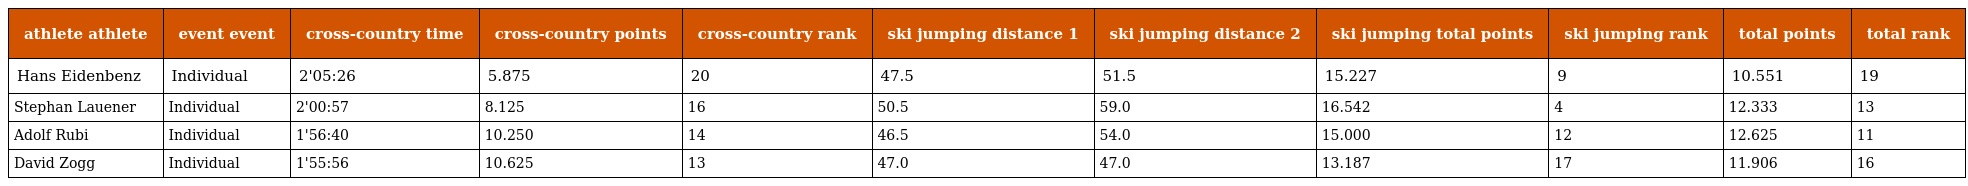
| athlete athlete | event event | cross-country time | cross-country points | cross-country rank | ski jumping distance 1 | ski jumping distance 2 | ski jumping total points | ski jumping rank | total points | total rank |
 | --- | --- | --- | --- | --- | --- | --- | --- | --- | --- | --- |
 | Hans Eidenbenz | Individual | 2'05:26 | 5.875 | 20 | 47.5 | 51.5 | 15.227 | 9 | 10.551 | 19 |
 | Stephan Lauener | Individual | 2'00:57 | 8.125 | 16 | 50.5 | 59.0 | 16.542 | 4 | 12.333 | 13 |
 | Adolf Rubi | Individual | 1'56:40 | 10.250 | 14 | 46.5 | 54.0 | 15.000 | 12 | 12.625 | 11 |
 | David Zogg | Individual | 1'55:56 | 10.625 | 13 | 47.0 | 47.0 | 13.187 | 17 | 11.906 | 16 |